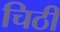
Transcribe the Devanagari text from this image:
चिठी